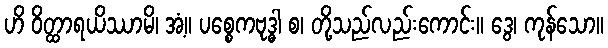
ဟိ ဝိတ္ထာရယိဿာမိ၊ အံ့။ ပစ္စေကဗုဒ္ဓါ စ၊ တို့သည်လည်းကောင်း။ ဒွေ၊ ကုန်သော။